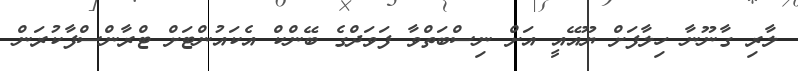
ލާރި ގާނޫނާ ހިލާފަށް ޔޫއޭއީ އަށް ނިސްބަތްވާ ފަވަދްގެ ބޭންކް އެކައުންޓަށް ޓްރާންސްފާކުރަން